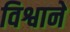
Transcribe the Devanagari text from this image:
विश्वाने